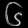
Digit: ၆